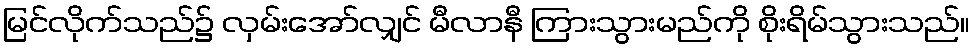
မြင်လိုက်သည်၌ လှမ်းအော်လျှင် မီလာနီ ကြားသွားမည်ကို စိုးရိမ်သွားသည်။